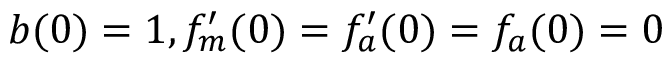
b ( 0 ) = 1 , f _ { m } ^ { \prime } ( 0 ) = f _ { a } ^ { \prime } ( 0 ) = f _ { a } ( 0 ) = 0